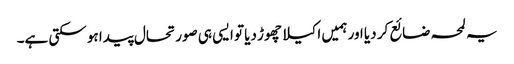
یہ لمحہ ضائع کر دیا اور ہمیں اکیلا چھوڑ دیا تو ایسی ہی صورتحال پیدا ہو سکتی ہے۔